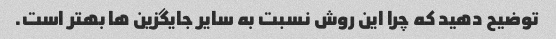
توضیح دهید که چرا این روش نسبت به سایر جایگزین ها بهتر است.